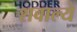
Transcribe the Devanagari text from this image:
शवाल्ये